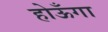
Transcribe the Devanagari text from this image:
होऊँगा